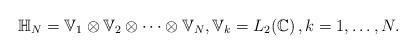
LaTeX: \begin{align*}\mathbb{H}_N=\mathbb{V}_1\otimes \mathbb{V}_2\otimes\cdots\otimes \mathbb{V}_N, \mathbb{V}_k=L_2(\mathbb{C})\,,k=1,\ldots,N.\end{align*}